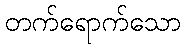
တက်ရောက်သော